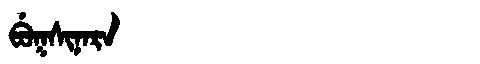
Manchu: ᠪᡠᡴᠰᡳᠨᠠᡵᠠ
Romanization: BUKSINARA